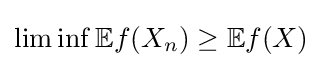
\liminf \mathbb {E} f(X_{n})\geq \mathbb {E} f(X)